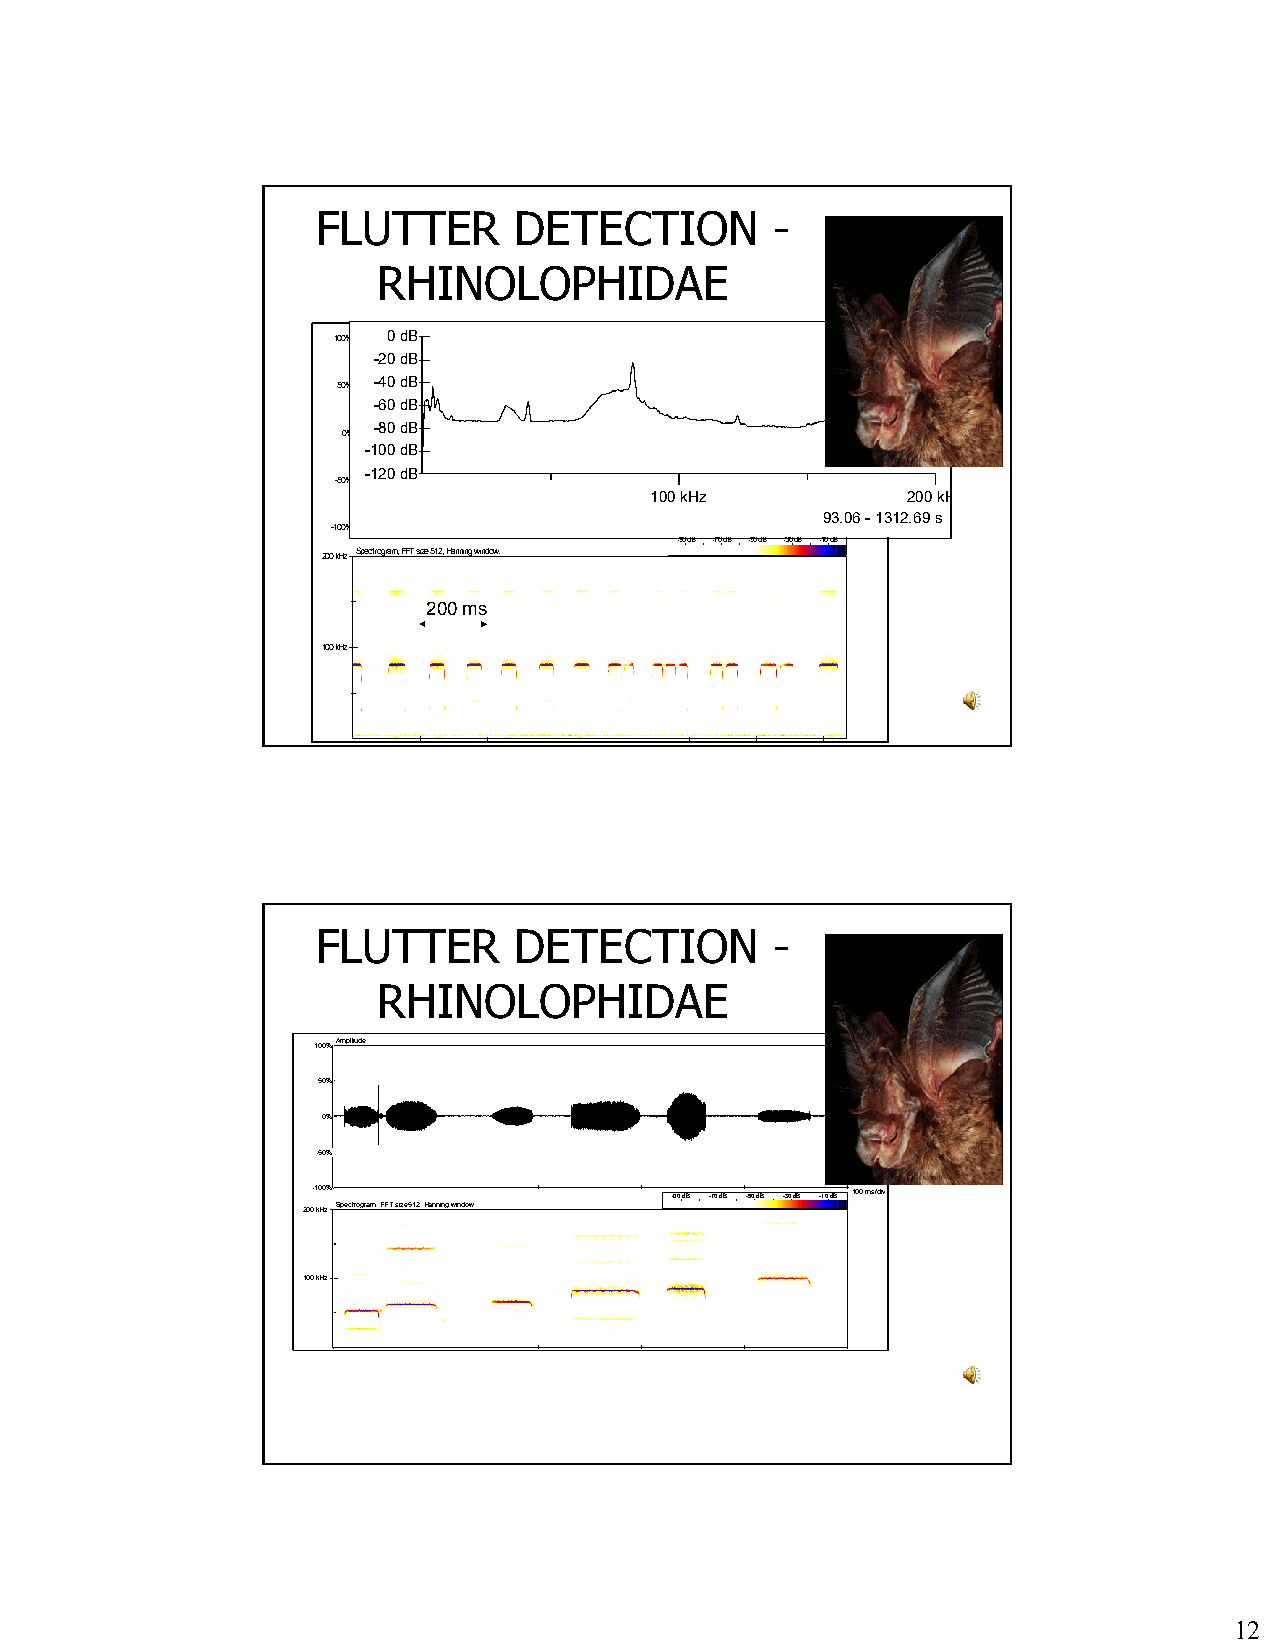
FLUTTER      DETECTION        -
 RHINOLOPHIDAE
 110000%%AAmmpplliittuuddee0 dB
 -20 dB
 5500%% -40 dB
 -60 dB
 -80 dB
 0000%%%%
 -100 dB
 -120 dB
 --5500%%
 100 kHz          200 kHz
 93.01164466 66- mm ss1312.69 s
 --110000%%                        220000 mmss//ddiivv
 --9900 ddBB --7700 ddBB --5500 ddBB --3300 ddBB --1100 ddBB
 220000 kkHHzz SSppeeccttrrooggrraamm,, FFFFTT ssiizzee 551122,, HHaannnniinngg wwiinnddooww..
 200 ms
 110000 kkHHzz
 FLUTTER      DETECTION        -
 RHINOLOPHIDAE
 110000%%AAmmpplliittuuddee
 5500%%
 0000%%%%
 --5500%%
 550000 mmss
 --110000%%              --9900 ddBB --7700 ddBB --5500 ddBB --3300 ddBB --1100 ddBB 110000 mmss//ddiivv
 220000 kkHHzz SSppeeccttrrooggrraamm,, FFFFTT ssiizzee 551122,, HHaannnniinngg wwiinnddooww..
 110000 kkHHzz
 12